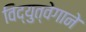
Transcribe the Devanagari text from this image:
विद्युत्‍वेगाने